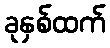
ခုနှစ်ထက်